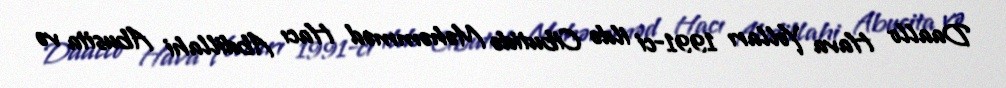
Daallo Hava Yolları 1991-ci ildə Cibutidə Məhəmməd Hacı Abdillahi Abusita və